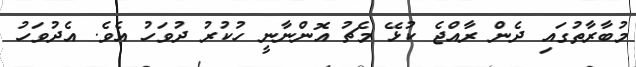
މުބާރާތުގައި ދެން ރާއްޖެ ކުޅޭ މެޗު އޮންނާނީ ހުކުރު ދުވަހު އެވެ. އެދުވަހު